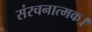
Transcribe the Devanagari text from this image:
संरचनात्मक।